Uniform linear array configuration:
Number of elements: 48
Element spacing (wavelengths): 0.5
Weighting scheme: kaiser
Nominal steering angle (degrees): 30
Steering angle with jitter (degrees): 30.29
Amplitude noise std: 0.05
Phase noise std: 0.05

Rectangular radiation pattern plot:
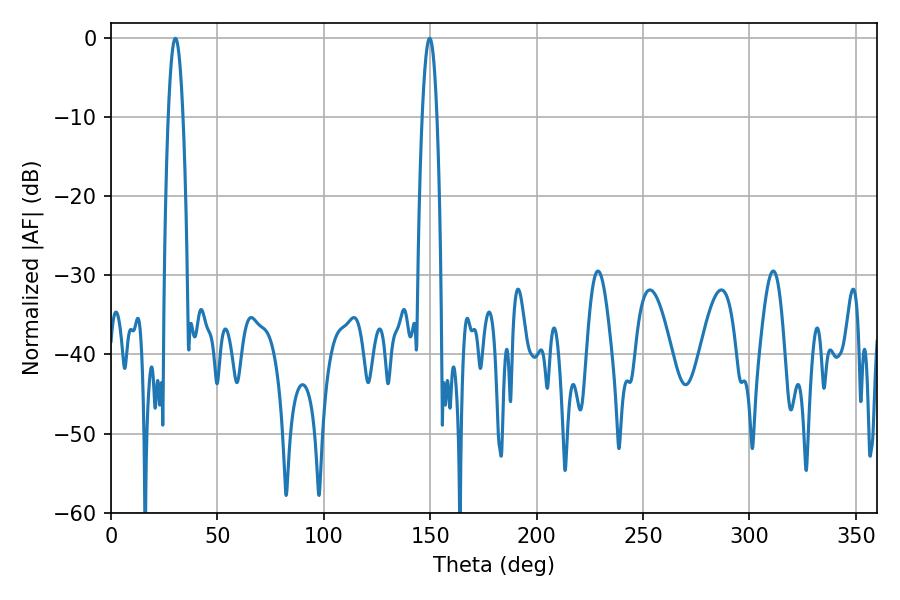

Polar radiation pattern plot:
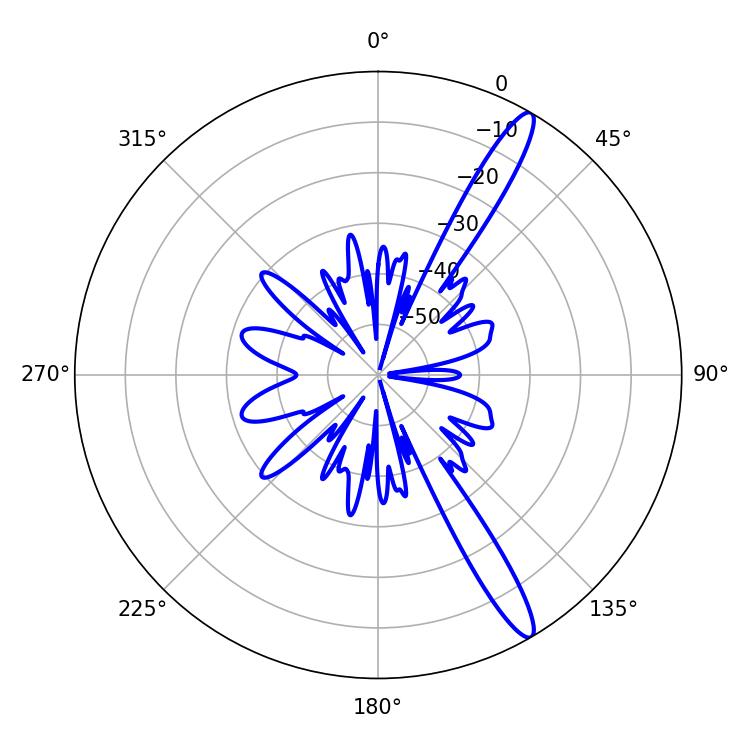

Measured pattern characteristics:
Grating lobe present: FALSE
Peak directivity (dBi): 14.397
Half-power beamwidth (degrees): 3.78
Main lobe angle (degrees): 30.24